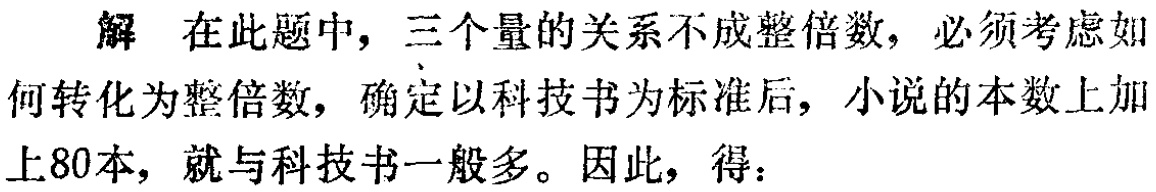
解 在此题中，三个量的关系不成整倍数，必须考虑如何转化为整倍数，确定以科技书为标准后，小说的本数上加上80本，就与科技书一般多。因此，得：